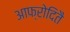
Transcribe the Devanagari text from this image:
आफ्रोदितै